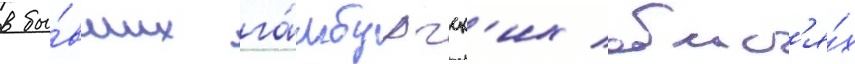
в бы́вших га́мбургск'их област'я́х